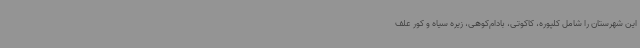
این شهرستان را شامل کلپوره، کاکوتی، بادام‌کوهی، زیره سیاه و کور علف